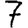
Digit: 7